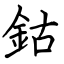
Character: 鈷